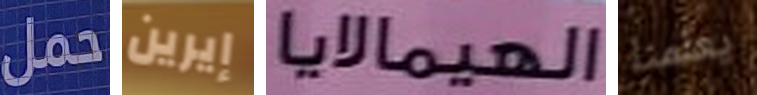
حمل إيرين الهيمالايا يعلمنا